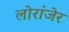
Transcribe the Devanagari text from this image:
लोरांंजेर